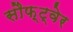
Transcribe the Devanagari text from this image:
सौफ़्ट्वेर